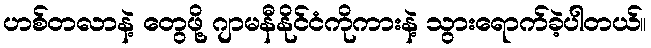
ဟစ်တလာနဲ့ တွေဖို့ ဂျာမနီနိုင်ငံကိုကားနဲ့ သွားရောက်ခဲ့ပါတယ်။